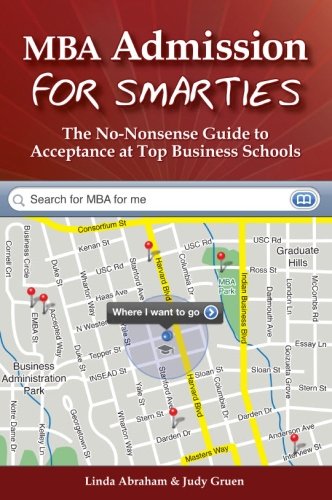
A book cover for MBA Admission for Smarties: The No-Nonsense Guide to Acceptance at Top Business Schools; Linda Abraham; Test Preparation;